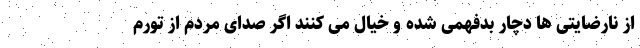
از نارضایتی ها دچار بدفهمی شده و خیال می کنند اگر صدای مردم از تورم